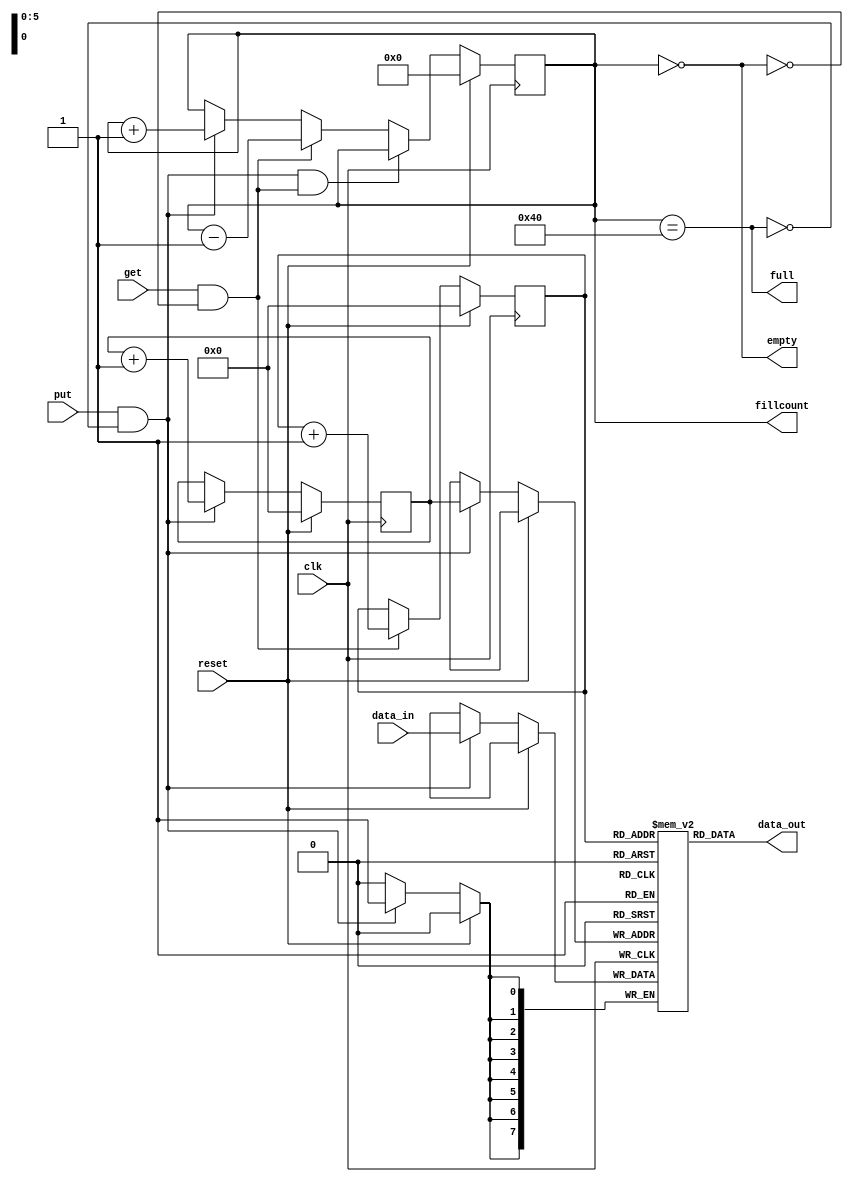
//-----------------------------------------------------
// Design Name : single clock FIFO1 with fillcount
// Coder       : Cheng Ma
//-----------------------------------------------------
//`timescale 1ns/10ps
	
module FIFO (clk, reset, data_in, put, get, data_out, empty, full, fillcount);
// parametrize
parameter DEPTH_P2 = 6;
parameter WIDTH = 8;
//parameter PTR_SIZE = log2(DEPTH) ;
/*
function integer log2;
input [31:0] value;
for (log2 = 0; value > 1; log2 = log2 + 1)
begin value = value >> 1;end
endfunction
*/
//------------Input--------------- 
input clk, reset, put, get;
input [WIDTH-1: 0] data_in;
//------------output---------------
output empty, full;
output [WIDTH-1:0] data_out;
output [DEPTH_P2:0] fillcount;
// regs
reg [DEPTH_P2-1 : 0]rd_ptr;
reg [DEPTH_P2-1 : 0]wr_ptr;
reg [WIDTH-1 : 0] arr [2**DEPTH_P2-1:0] ;
reg [DEPTH_P2-1+1: 0]fillcount;

//wires
//reg [WIDTH - 1 : 0]data_out;
wire [WIDTH - 1 : 0]data_out;
wire full, empty;
//clocked block
always@(posedge clk)
	begin
		if (reset) begin 
			wr_ptr <= 0;
			rd_ptr <= 0;
			fillcount <= 0;
		end		
		
		else begin
			if (put && !full) begin
				arr[wr_ptr] <= data_in;
				wr_ptr <= wr_ptr + 1;
				fillcount <= fillcount + 1;
			end
			
			if (get && !empty) begin
				rd_ptr <= rd_ptr + 1;
				fillcount <= fillcount - 1;
				//data_out <= arr[rd_ptr]; // sync read
			end
			
			if ((put&& !full) && (get&& !empty)) begin
				fillcount<=fillcount; // rd wr both move
			end
		end
	end

	
// assign
assign full = ( fillcount == 2**DEPTH_P2);
assign empty = ( fillcount == 0);
assign data_out = arr[rd_ptr]; // async read

endmodule // End of Module